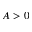
A > 0